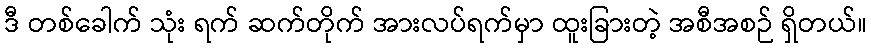
ဒီ တစ်ခေါက် သုံး ရက် ဆက်တိုက် အားလပ်ရက်မှာ ထူးခြားတဲ့ အစီအစဉ် ရှိတယ်။